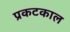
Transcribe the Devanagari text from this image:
प्रकटकाल